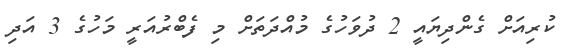
ކުރިއަށް ގެންދިޔައީ 2 ދުވަހުގެ މުއްދަތަށް މި ފެބްރުއަރީ މަހުގެ 3 އަދި